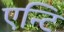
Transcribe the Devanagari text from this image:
एन्टि